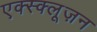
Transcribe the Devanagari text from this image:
एक्स्क्लूज़न